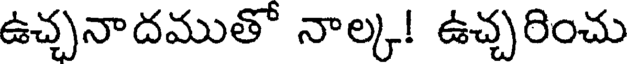
ఉచ్చనాదముతో నాల్క! ఉచ్చరించు